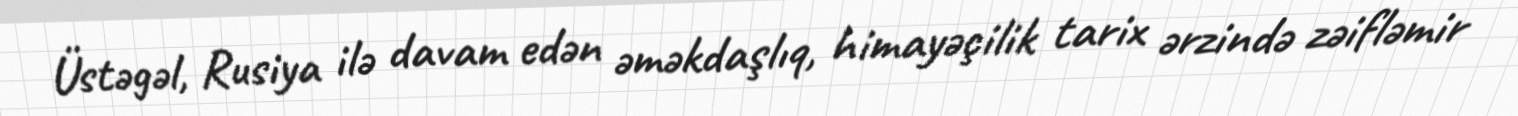
Üstəgəl, Rusiya ilə davam edən əməkdaşlıq, himayəçilik tarix ərzində zəifləmir